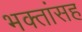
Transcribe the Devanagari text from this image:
भक्तांसह